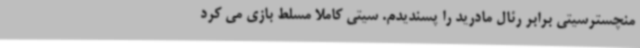
منچسترسیتی برابر رئال مادرید را پسندیدم. سیتی کاملا مسلط بازی می کرد